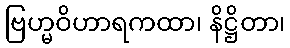
ဗြဟ္မဝိဟာရကထာ၊ နိဋ္ဌိတာ၊